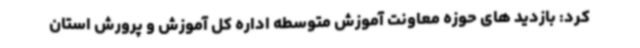
کرد: بازدید های حوزه معاونت آموزش متوسطه اداره کل آموزش و پرورش استان